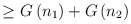
\begin{align*}\ge G\left( n_1\right) +G\left( n_2\right)\end{align*}